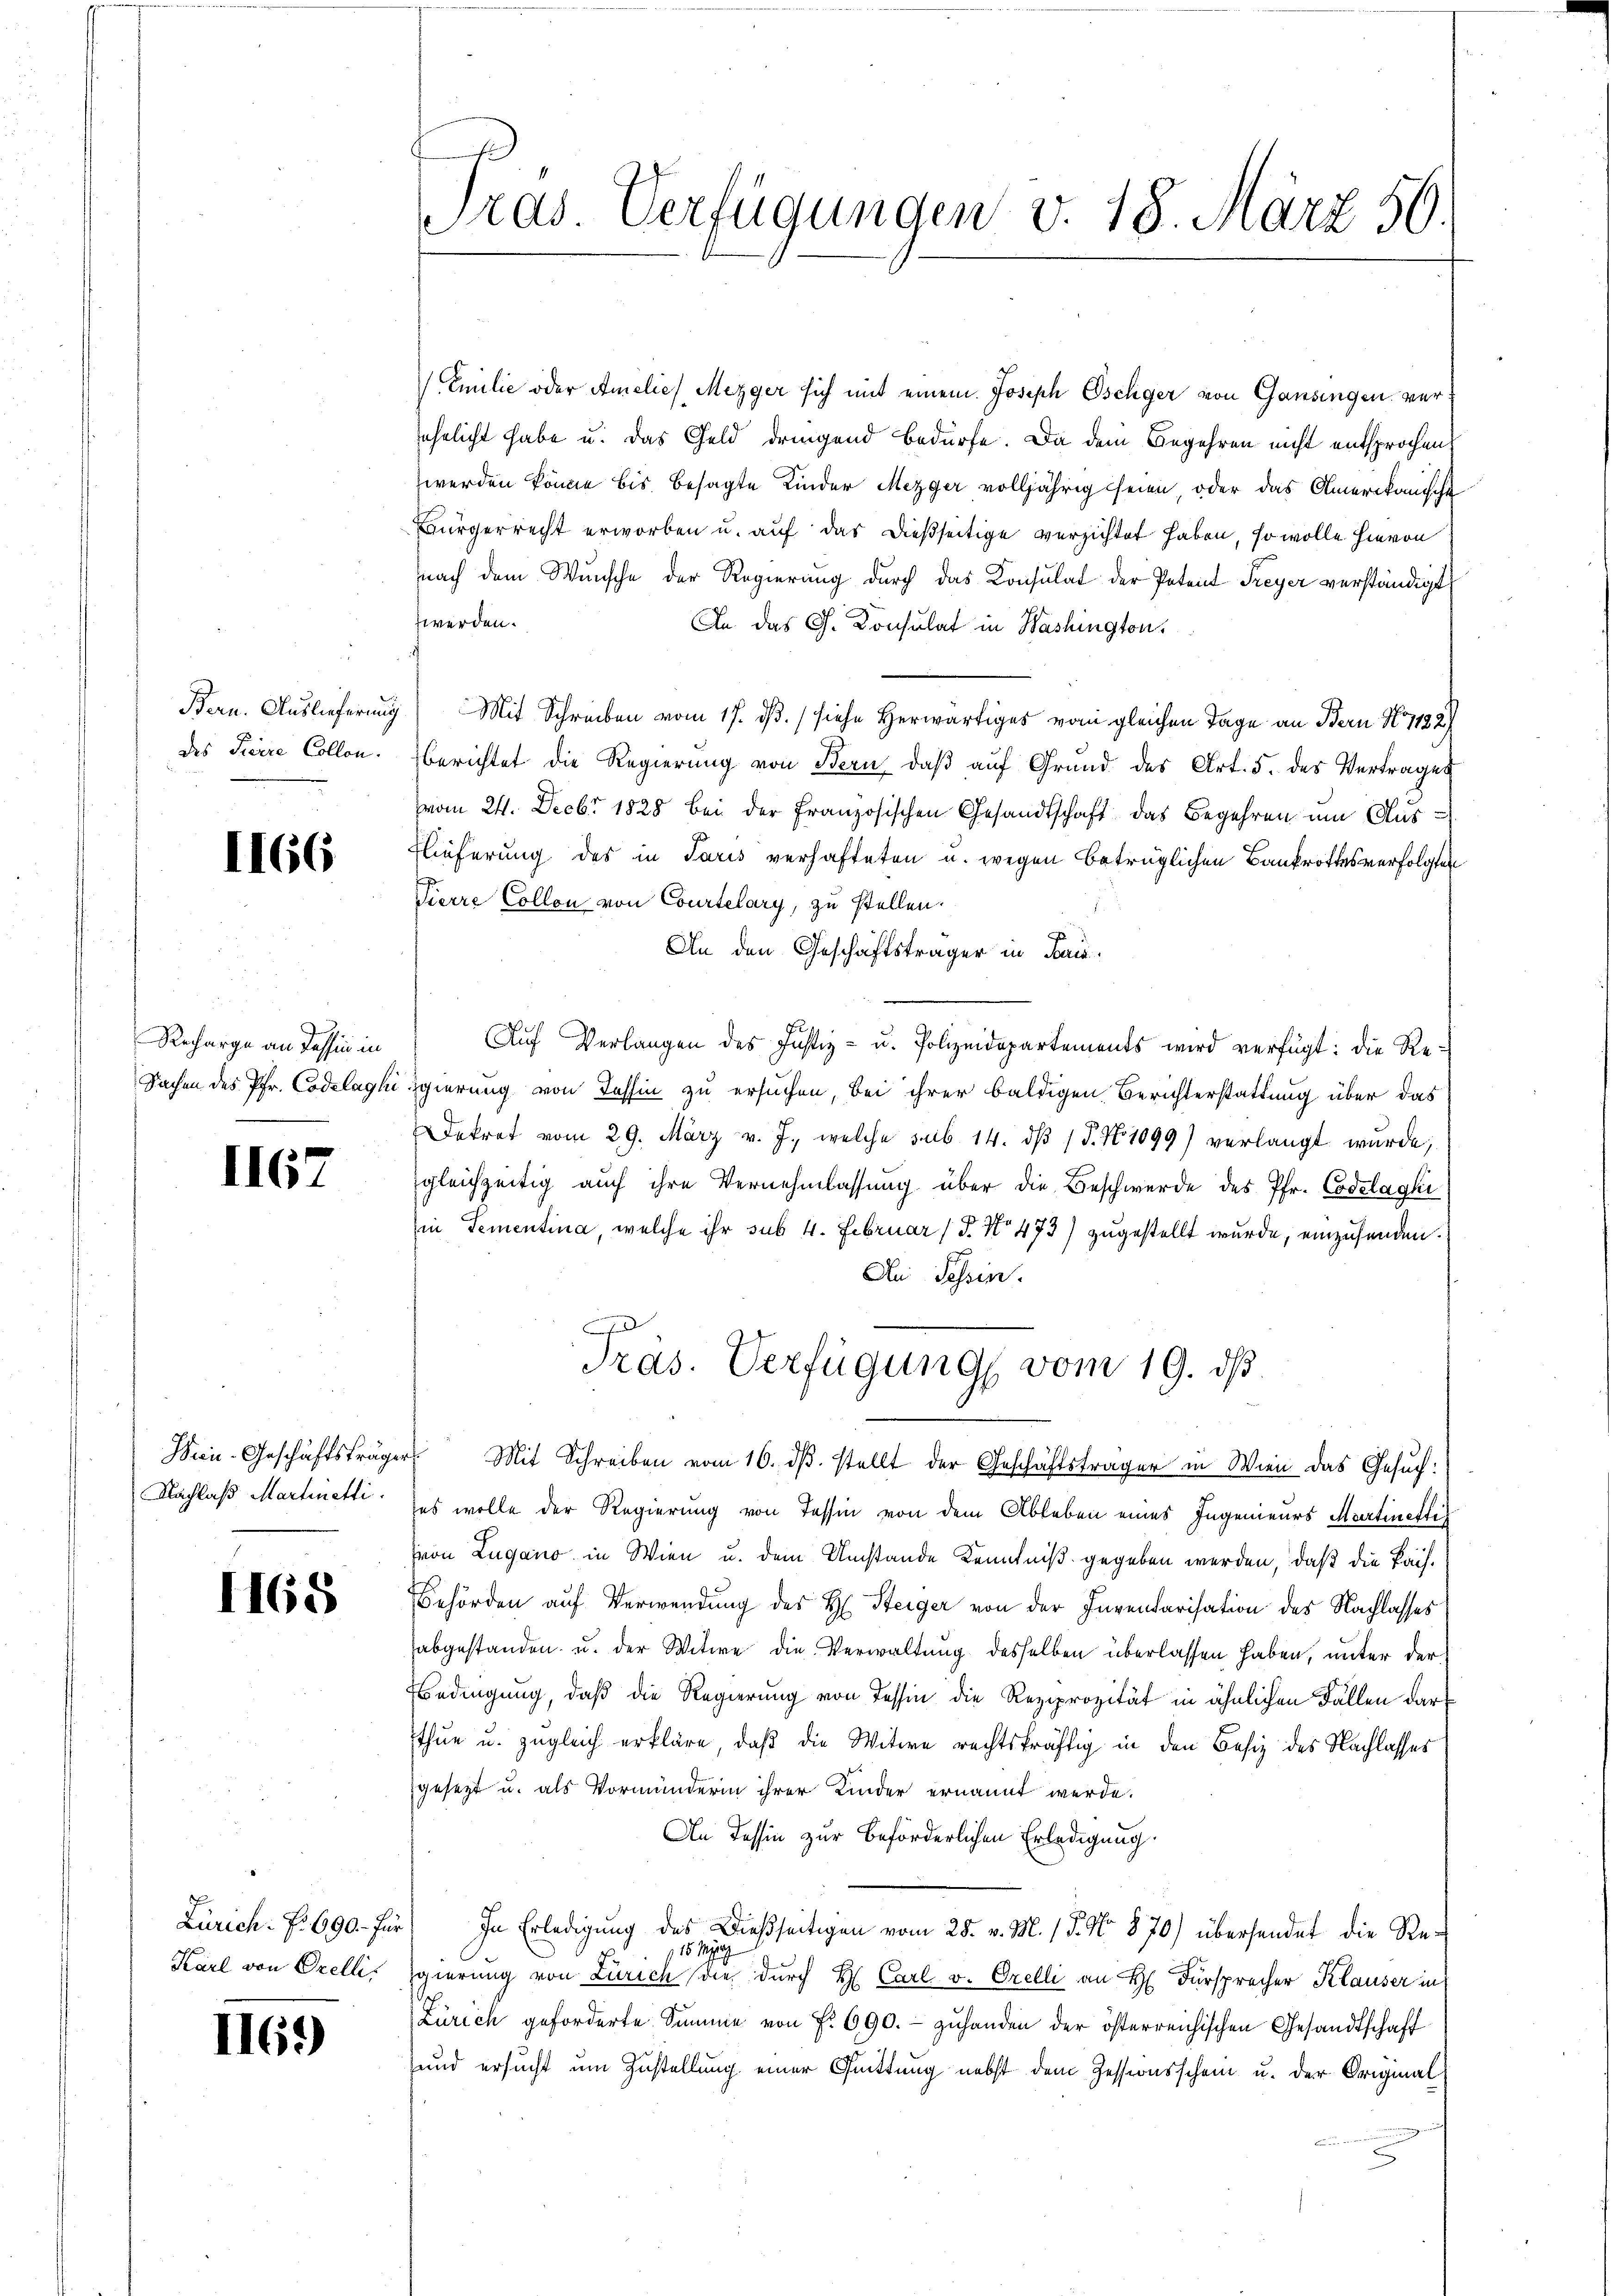
des Peere Collen.

1166

Recharge an dessin in
Sachen des Pfr. Codelagli

1162

Bien-Geschäftsträge
Nachlaß Martinetti.

1168

Karl von Orelli

116.)

Tras. Verfügungen v. 18. März 56.

Emilie oder Amelief Mezger sich mit einem Joseph Eschiger von Gansingen ver
ehelicht habe u. das Geld dringend Bedürfe. Da dem Begehren nicht entsprochen
werden könne bis besagte Kinder Mezger volljährig seien, oder das Amerikanische
Bürgerrecht erworben u. auf das dießseitige verzichtet haben, so wolle hievon
nach dem Wunsche der Regierung durch das Konsulat der Patent Freyer verständigt
werden.
An das G. Konsulat in Washington,
Bern. Auslieferung) Mit Schreiben vom 17. ds. (siehe Herwärtiges vom gleichen Tage an Bern N. 1182)
berichtet die Regierung von Bern, daβ aŭf Grund des Art. 5. des Vertrages
vom 24. Decbr 1828 bei der französischen Gesandtschaft das Begehren um Aus-
Flieferung des in Paris verhafteten u. wegen betrüglichen Bankrottes verfolgten
Pierre Collen von Courtelary, zu stellen.
An den Geschäftsträger in Paris
Aŭf Verlangen des Justiz- u. Polizeidepartements wird verfügt: die Re¬
Egierung von Tessin zu ersuchen, bei ihrer baldigen Berichterstattung über das
Dekret vom 29. März v. J., welche sub. 14. dβ / 5. No 1099) verlangt wurde,
gleichzeitig auch ihre Vernehmlassung über die Beschwerde des Pfr. Codelaghi
in Tementina, welche ihr sub 4. Februar (§. No 473) zugestellt wurde, einzusenden.
An Schin.
A
Tras. Verfügung vom 19. ds.
r Mit Schreiben vom 16. dβ. stellt der Geschäftsträger in Wien das Gesuch:
es wolle der Regierung von Tessin von dem Ableben eines Ingenieurs Martinette
von Lugano in Wien u. dem Umstände Kenntniß gegeben werden, daß die Pach¬
Behörden auf Verwendung des H. Steiger von der Inventarisation des Nachlasses
abgestanden u. der Witwe die Verwaltung desselben überlassen haben, unter der
Bedingung, daß die Regierung von Tessin die Reziprozität in ähnlichen Fällen darthue u. zugleich erkläre, daß die Witwe rechtskräftig in den Besiz des Nachlasses
gesezt u. als Vormänderin ihrer Kinder ernannt werde.
An Tessin zur Beförderlichen Erledigung.
Zürich. f. 690. für) In Erledigung des Dießseitigen vom 28. v. M. 15. No. 870) übersendet die Re¬
15. M
Egierung von Zürich die durch H. Carl v. Orelli an H. Fürsprecher Klauser in
Zürich geforderte Summe von Fr. 690. - zuhanden der österreichischen Gesandtschaft
und ersucht um Zustellung einer Quittung nebst dem Zessionsschein u. der Original¬